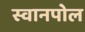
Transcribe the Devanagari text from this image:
स्वानपोल